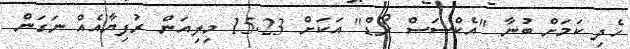
ހެދި ކަމަށް ބުނާ "އެކްސަސް ރޯޑް" އަކަށް 15.23 މިލިއަން ރުފިޔާއެއް ނަގަން